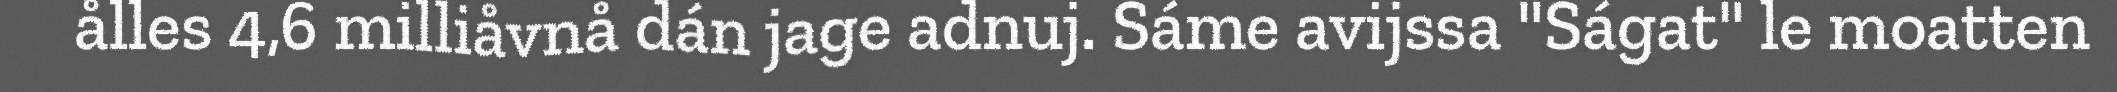
ålles 4,6 milliåvnå dán jage adnuj. Sáme avijssa "Ságat" le moatten